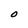
Character: O